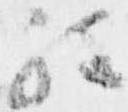
程